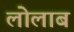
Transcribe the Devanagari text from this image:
लोलाब